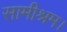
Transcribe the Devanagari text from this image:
सामीश्रम।